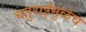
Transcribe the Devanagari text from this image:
चतुराईमुळेच